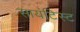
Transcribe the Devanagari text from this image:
सायंटिस्ट